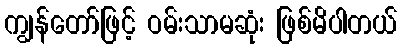
ကျွန်တော်ဖြင့် ဝမ်းသာမဆုံး ဖြစ်မိပါတယ်